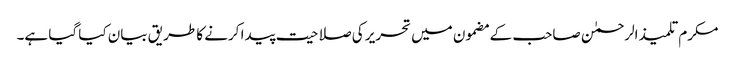
مکرم تلمیذ الرحمٰن صاحب کے مضمون میں تحریر کی صلاحیت پیدا کرنے کا طریق بیان کیا گیا ہے۔